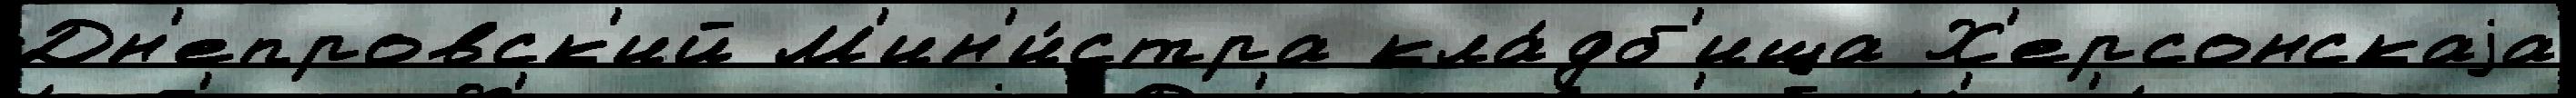
Дн'епровск'ий М'ин'и́стра кла́дб'ища Х'ерсонскаjа